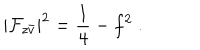
LaTeX: | { \cal F } _ { z \bar { v } } | ^ { 2 } = \frac { 1 } { 4 } - f ^ { 2 } \; .